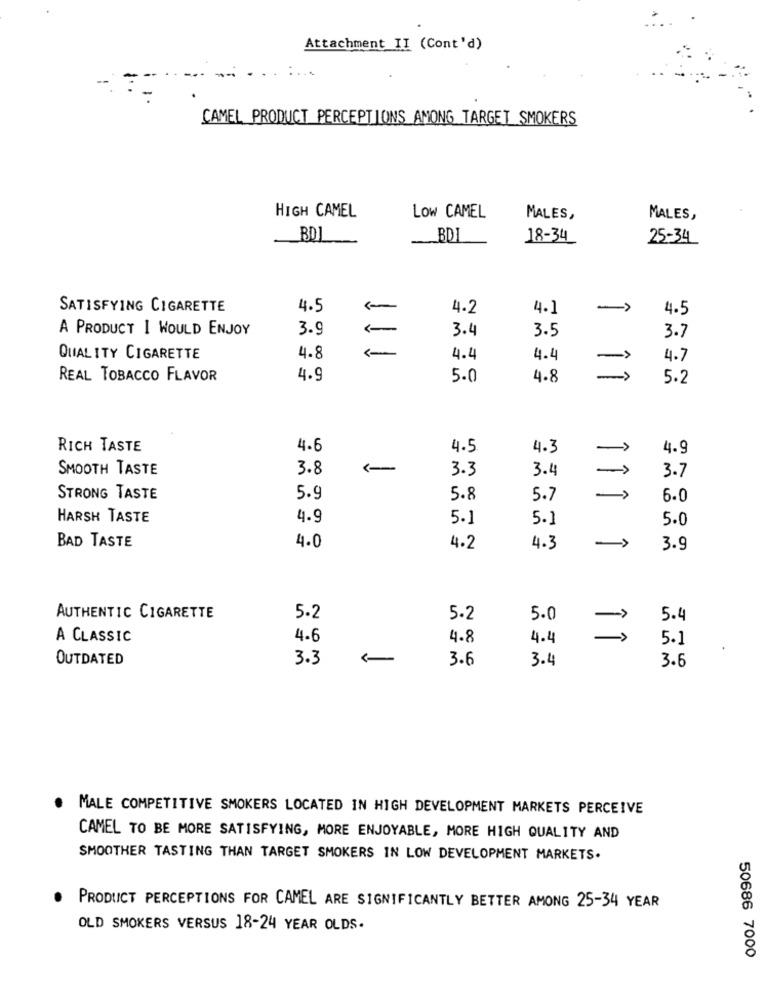
Attachment II (Cont'd)
-
CAMEL PRODUCT PERCEPTIONS AMONG TARGET SMOKERS
HIGH CAMEL
LOW CAMEL
MALES,
MALES,
BD1
BD
18-34
25-34
SATISFYING CIGARETTE
4.5
1
4.2
4.1
-
4.5
A PRODUCT I WOULD ENJOY
3.9
3.4
3.5
3.7
QUALITY CIGARETTE
4.8
4.4
4.4
4.7
REAL TOBACCO FLAVOR
4.9
5.0
4.8
=
5.2
RICH TASTE
4.6
4.5
4.3
4.9
->
SMOOTH TASTE
3.8
3.3
3.4
->
3.7
STRONG TASTE
5.9
5.8
5.7
6.0
HARSH TASTE
4.9
5.1
5.1
5.0
4.0
BAD TASTE
4.2
4.3
->
3.9
AUTHENTIC CIGARETTE
5.2
5.2
5.0
5.4
A CLASSIC
4.6
4.8
4.4
5.1
.
OUTDATED
3.3
3.6
3.4
3.6
MALE COMPETITIVE SMOKERS LOCATED IN HIGH DEVELOPMENT MARKETS PERCEIVE
CAMEL TO BE MORE SATISFYING, MORE ENJOYABLE, MORE HIGH QUALITY AND
SMOOTHER TASTING THAN TARGET SMOKERS IN LOW DEVELOPMENT MARKETS.
PRODUCT PERCEPTIONS FOR CAMEL ARE SIGNIFICANTLY BETTER AMONG 25-34 YEAR
OLD SMOKERS VERSUS 18-24 YEAR OLDS.
50686 7000